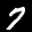
Label: 7